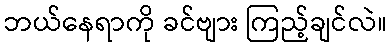
ဘယ်နေရာကို ခင်ဗျား ကြည့်ချင်လဲ။